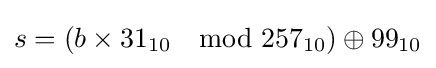
s=\left(b\times 31_{10}\mod {257_{10}}\right)\oplus 99_{10}